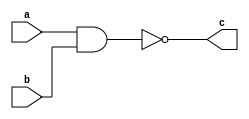
module notandgate(a, b, c);
    input a, b;
    output c;

    assign c = ~(a&b);
endmodule